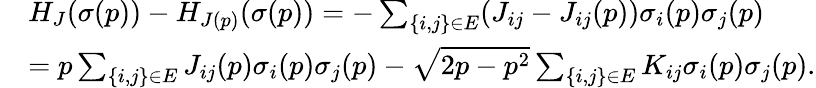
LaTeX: \begin{array}{rl}&{H_{J}(\sigma(p))-H_{J(p)}(\sigma(p))=-\sum_{\{ i,j\} \in E}(J_{ij}-J_{ij}(p))\sigma_{i}(p)\sigma_{j}(p)}\\ &{=p\sum_{\{ i,j\} \in E}J_{ij}(p)\sigma_{i}(p)\sigma_{j}(p)-\sqrt{2p-p^{2}}\sum_{\{ i,j\} \in E}K_{ij}\sigma_{i}(p)\sigma_{j}(p).}\end{array}